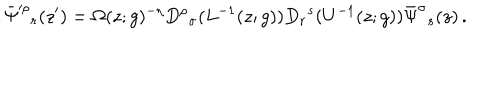
\bar { \Psi } ^ { \prime \rho } { } _ { r } ( z ^ { \prime } ) = \Omega ( z ; g ) ^ { - \eta } D ^ { \rho } { } _ { \sigma } ( L ^ { - 1 } ( z ; g ) ) D _ { r } { } ^ { s } ( U ^ { - 1 } ( z ; g ) ) \bar { \Psi } ^ { \sigma } { } _ { s } ( z ) \, .